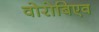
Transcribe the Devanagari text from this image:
वोरोबिएव